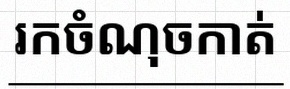
រកចំណុចកាត់